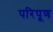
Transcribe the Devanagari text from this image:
परिपूण